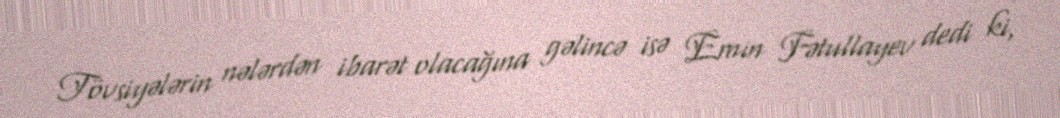
Tövsiyələrin nələrdən ibarət olacağına gəlincə isə Emin Fətullayev dedi ki,